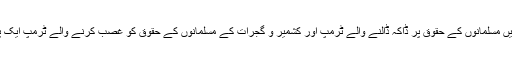
" لگ یوں رہا ہے کہ فلسطین اور مشرق وسطیٰ میں مسلمانوں کے حقوق پر ڈاکہ ڈالنے والے ٹرمپ اور کشمیر و گجرات کے مسلمانوں کے حقوق کو غصب کرنے والے ٹرمپ ایک پیج پر ہیں، جس میں مسلمانوں کے لیے خیر نہیں۔